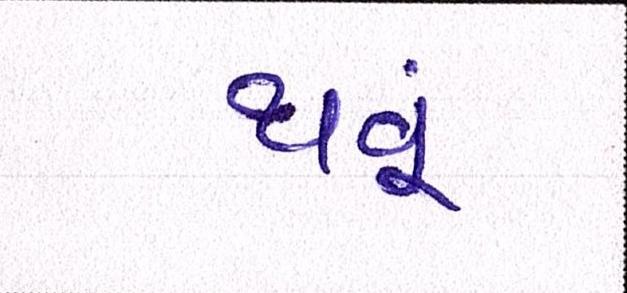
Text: થવૂં